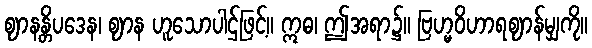
ဈာနန္တိပဒေန၊ ဈာန ဟူသောပါဌ်ဖြင့်။ ဣဓ၊ ဤအရာ၌။ ဗြဟ္မဝိဟာရဈာန်မျှကို။